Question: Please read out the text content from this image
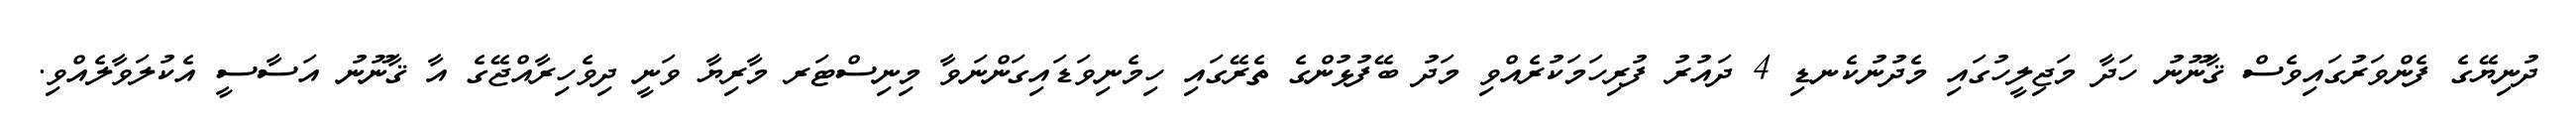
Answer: ދުނިޔޭގެ ފެންވަރުގައިވެސް ޤާނޫނު ހަދާ މަޖިލީހުގައި މެދުނުކެނޑި 4 ދައުރު ފުރިހަމަކުރެއްވި މަދު ބޭފުޅުންގެ ތެރޭގައި ހިމެނިވަޑައިގަންނަވާ މިނިސްޓަރ މާރިޔާ ވަނީ ދިވެހިރާއްޖޭގެ އާ ޤާނޫނު އަސާސީ އެކުލަވާލެއްވި.